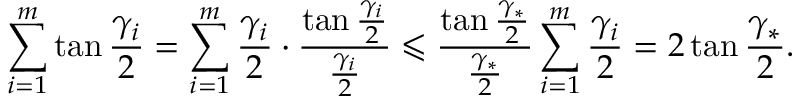
\sum _ { i = 1 } ^ { m } \tan { \frac { \gamma _ { i } } 2 } = \sum _ { i = 1 } ^ { m } \frac { \gamma _ { i } } { 2 } \cdot \frac { \tan { \frac { \gamma _ { i } } { 2 } } } { \frac { \gamma _ { i } } { 2 } } \leqslant \frac { \tan { \frac { \gamma _ { * } } { 2 } } } { \frac { \gamma _ { * } } { 2 } } \sum _ { i = 1 } ^ { m } \frac { \gamma _ { i } } { 2 } = 2 \tan { \frac { \gamma _ { * } } { 2 } } .